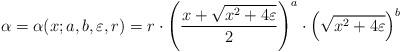
LaTeX: \begin{align*}\alpha = \alpha(x;a,b,\varepsilon,r) =r\cdot \left(\frac{x+\sqrt{x^2 + 4\varepsilon}}{2}\right)^a\cdot \left(\sqrt{x^2+4\varepsilon} \right)^b\end{align*}